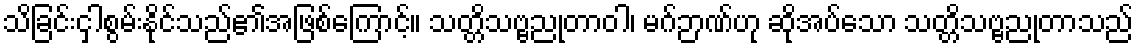
သိခြင်းငှါစွမ်းနိုင်သည်၏အဖြစ်ကြောင့်။ သတ္တိသဗ္ဗညုတာဝါ၊ မဂ်ဉာဏ်ဟု ဆိုအပ်သော သတ္တိသဗ္ဗညုတာသည်